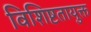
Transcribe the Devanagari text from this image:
विशिष्टतायुक्त